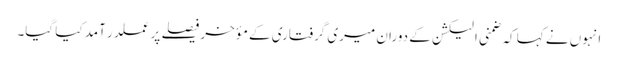
انہوں نے کہا کہ ضمنی الیکشن کے دوران میری گرفتاری کے مؤخر فیصلے پر عملدر آمد کیا گیا۔